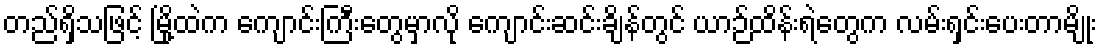
တည်ရှိသဖြင့် မြို့ထဲက ကျောင်းကြီးတွေမှာလို ကျောင်းဆင်းချိန်တွင် ယာဉ်ထိန်းရဲတွေက လမ်းရှင်းပေးတာမျိုး